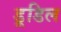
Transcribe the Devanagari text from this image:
डूडिल